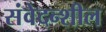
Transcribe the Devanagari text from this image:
संवेदन्शील